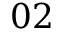
0 2